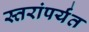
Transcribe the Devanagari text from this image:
स्तरांपर्यंत